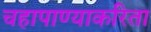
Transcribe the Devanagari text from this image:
चहापाण्याकरिता